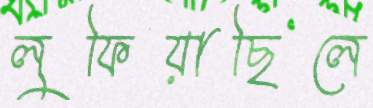
লুফিয়াছিলে